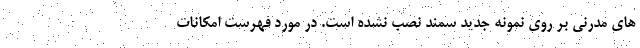
های مدرنی بر روی نمونه جدید سمند نصب نشده است. در مورد فهرست امکانات